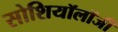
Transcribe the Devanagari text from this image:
सोशियॉलॉजी